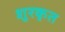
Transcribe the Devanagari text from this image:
शुरकृत